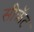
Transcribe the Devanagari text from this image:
सीक्रॅट